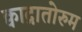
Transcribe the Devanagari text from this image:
क्वाद्रातोरुम